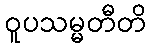
ဝူပသမ္မတီတိ